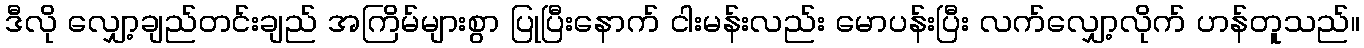
ဒီလို လျှော့ချည်တင်းချည် အကြိမ်များစွာ ပြုပြီးနောက် ငါးမန်းလည်း မောပန်းပြီး လက်လျှော့လိုက် ဟန်တူသည်။